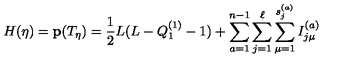
H ( \eta ) = { \bf p } ( T _ { \eta } ) = { \frac { 1 } { 2 } } L ( L - Q _ { 1 } ^ { ( 1 ) } - 1 ) + \sum _ { a = 1 } ^ { n - 1 } \sum _ { j = 1 } ^ { \ell } \sum _ { \mu = 1 } ^ { s _ { j } ^ { ( a ) } } I _ { j \mu } ^ { ( a ) }